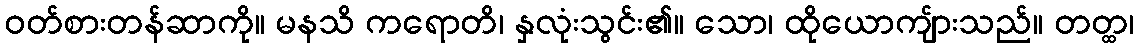
ဝတ်စားတန်ဆာကို။ မနသိ ကရောတိ၊ နှလုံးသွင်း၏။ သော၊ ထိုယောကျ်ားသည်။ တတ္ထ၊